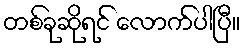
တစ်ခုဆိုရင် လောက်ပါပြီ။